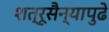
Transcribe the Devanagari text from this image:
शत्रूसैन्यापुढे